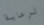
لرعاية